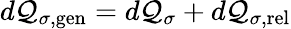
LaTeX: d{\cal Q}_{\sigma,\mathrm{gen}}=d{\cal Q}_{\sigma}+d{\cal Q}_{\sigma,\mathrm{rel}}